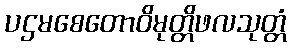
ပဌမစေတောဝိမုတ္တိဖလသုတ္တံ